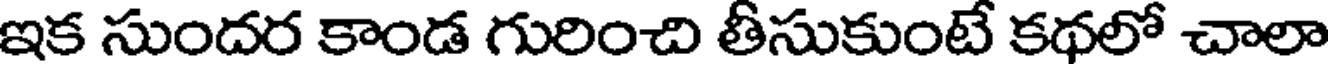
ఇక సుందర కాండ గురించి తీసుకుంటే కథలో చాలా